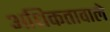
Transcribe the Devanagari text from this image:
अधिकतावाले